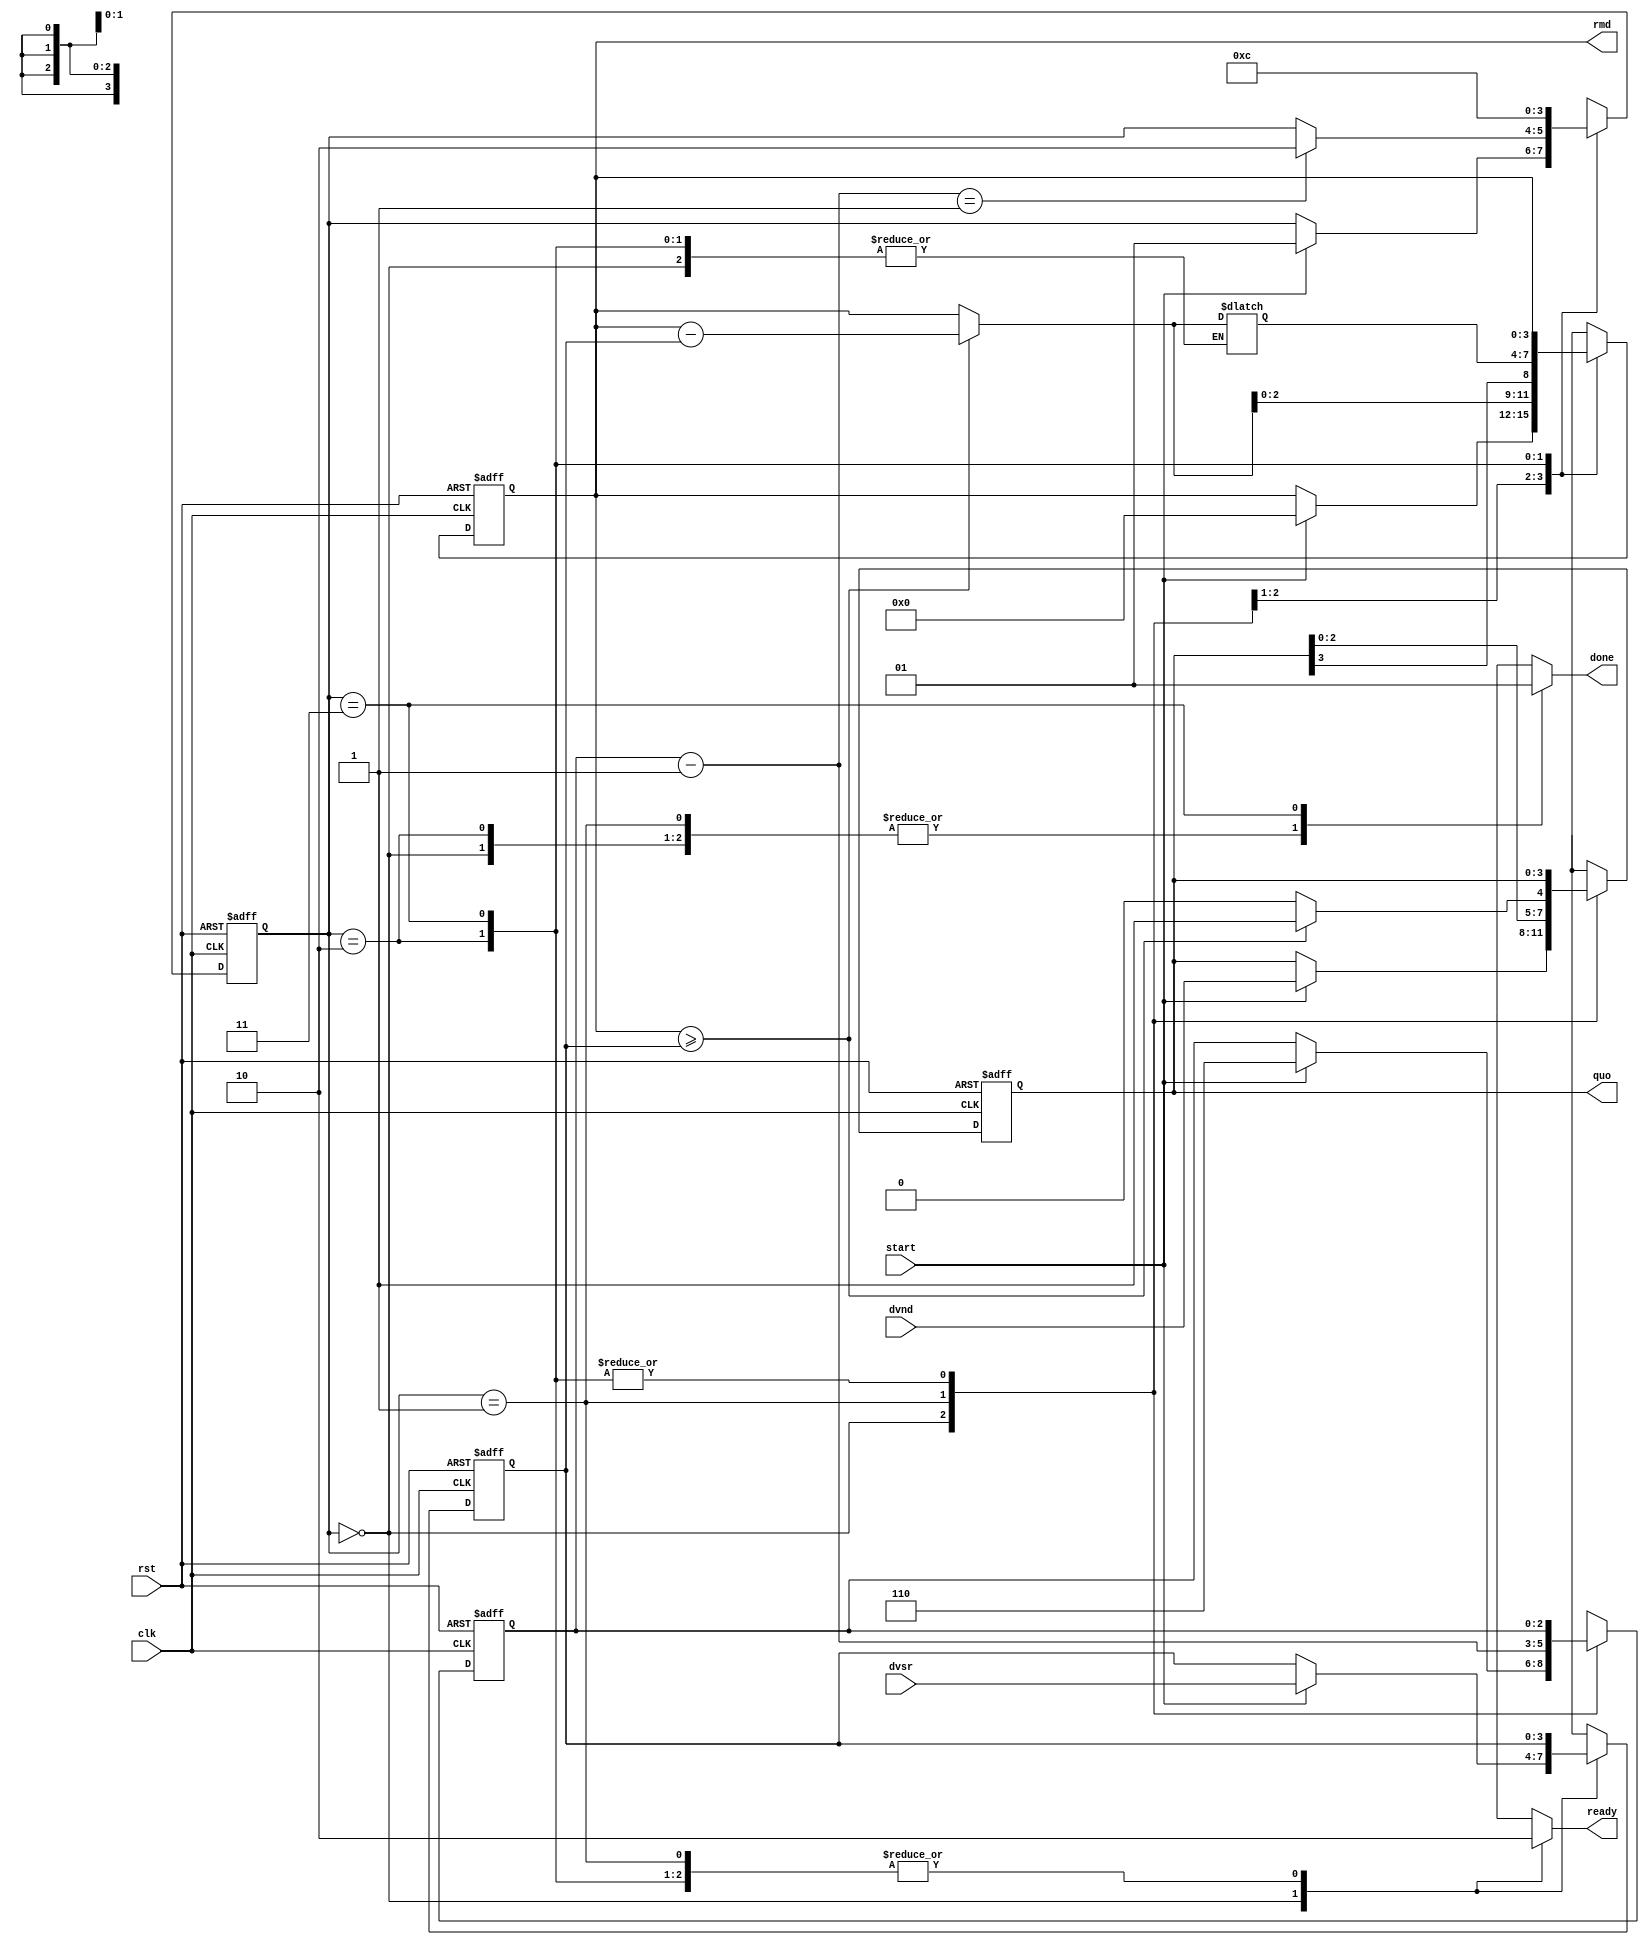
module div(clk,rst,start,dvsr,dvnd,ready,done,quo,rmd);
parameter w=4,c1=3;
input clk,rst,start;input [w-1:0]dvsr,dvnd;output reg ready,done;output [w-1:0]quo,rmd;
parameter a=2'b00,b=2'b01,c=2'b10,d1=2'b11;
reg [1:0] ps,ns;
reg [w-1:0] rh, rh_nxt,rl,rl_nxt,rh_tmp,d_nxt,d;
reg [c1-1:0] n,n_nxt;
reg q;
always @(posedge clk,posedge rst)
begin
  if(rst)
   begin
   ps <= a;
   rh <= 0;
   rl <=0;
   d <= 0;
   n <=0;
   end
  else 
   begin
   ps <= ns;
   rh <= rh_nxt;
   rl <= rl_nxt;
   d<=d_nxt;
   n<=n_nxt;
   end
end
always @ *
begin
ns=ps;
done=0;
ready=0;
rh_nxt=rh;
rl_nxt=rl;
d_nxt=d;
n_nxt=n;
case(ps)
a:begin
  ready=1;
  if(start)
  begin
    rh_nxt=0;
    rl_nxt=dvnd;
    d_nxt=dvsr;
    n_nxt=w+2;
    ns=b;
  end
end

b:begin
  if(rh>=d)
     begin
     rh_tmp=rh-d;
     q=1;
     end
  else
     begin
     rh_tmp=rh;
     q=0;
     end
  rl_nxt={rl[w-2:0],q};
  rh_nxt={rh_tmp[w-2:0],rl[w-1]};
  n_nxt=n-1;
  if(n_nxt==1)
    ns=c;
  end

c:begin
  rh_nxt=rh_tmp;
  ns=d1;
  end
d1:begin
  done=1;
  ns=a;
  end
endcase
end
assign quo=rl;
assign rmd=rh;
endmodule